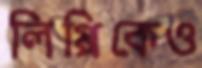
লিপ্পিকেও